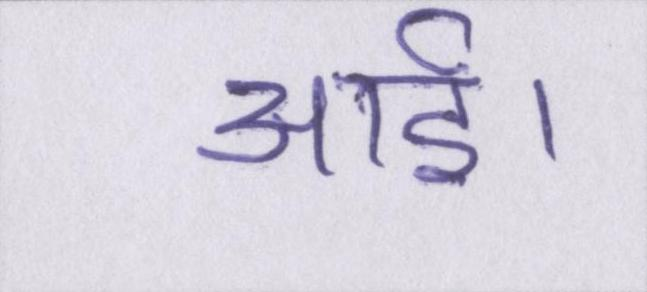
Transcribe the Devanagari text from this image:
आई।